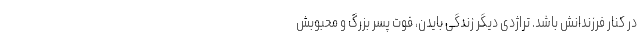
در کنار فرزندانش باشد. تراژدی دیگر زندگی بایدن، فوت پسر بزرگ و محبوبش